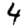
Digit: 4